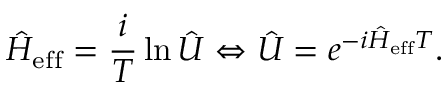
\hat { H } _ { \mathrm { e f f } } = \frac { i } { T } \ln \hat { U } \Leftrightarrow \hat { U } = e ^ { - i \hat { H } _ { \mathrm { e f f } } T } .